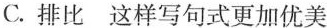
C.排比这样写句式更加优美